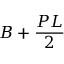
B + { \frac { P L } { 2 } }